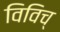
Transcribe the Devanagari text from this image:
विविच्